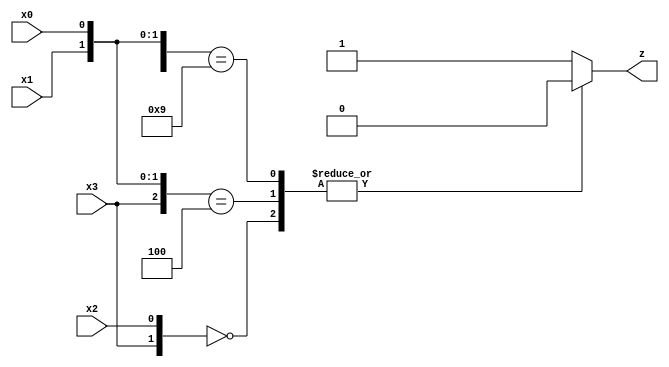
/**
 *          Esempio di rete combinatoria con quattro variabili di ingresso x3,
 *          x2, x1, x0 e una variabile di uscita z, usata per dimostrare
 *          l'utilizzo delle mappe di Kanaugh.
 *          
 *          La mappa di Karnaugh e' un metodo di rappresentazione esatta di
 *          sintesi di reti combinatorie a uno o piu' livelli. Una tale mappa
 *          costituisce una rappresentazione visiva di una funzione booleana in
 *          grado di mettere in evidenza le coppie di mintermini o di maxtermini
 *          a distanza di Hamming unitaria (ovvero di termini che differiscono
 *          per una sola variabile binaria (o booleana)). Poiche' derivano da
 *          una meno intuitiva visione delle funzioni booleane in spazi {0,  }^n
 *          con n numero delle variabili della funzione, le mappe di Karnaugh
 *          risultano applicabili efficacemente solo a funzioni con al piu'
 *          5 - 6 variabili. 
 *
 *          Created on 23/04/2019.
 */

module Rete_Combinatoria_5(x3, x2, x1, x0, z);
    input x3, x2, x1, x0;
    output z;
    
    assign z = F(x3, x2, x1, x0);

    function F;
        input x3, x2, x1, x0;

        casex({x3, x2, x1, x0})
            'B00??  : F=0;
            'B1?00  : F=0;
            'B1001  : F=0;
            default : F=1;
        endcase
    endfunction
endmodule